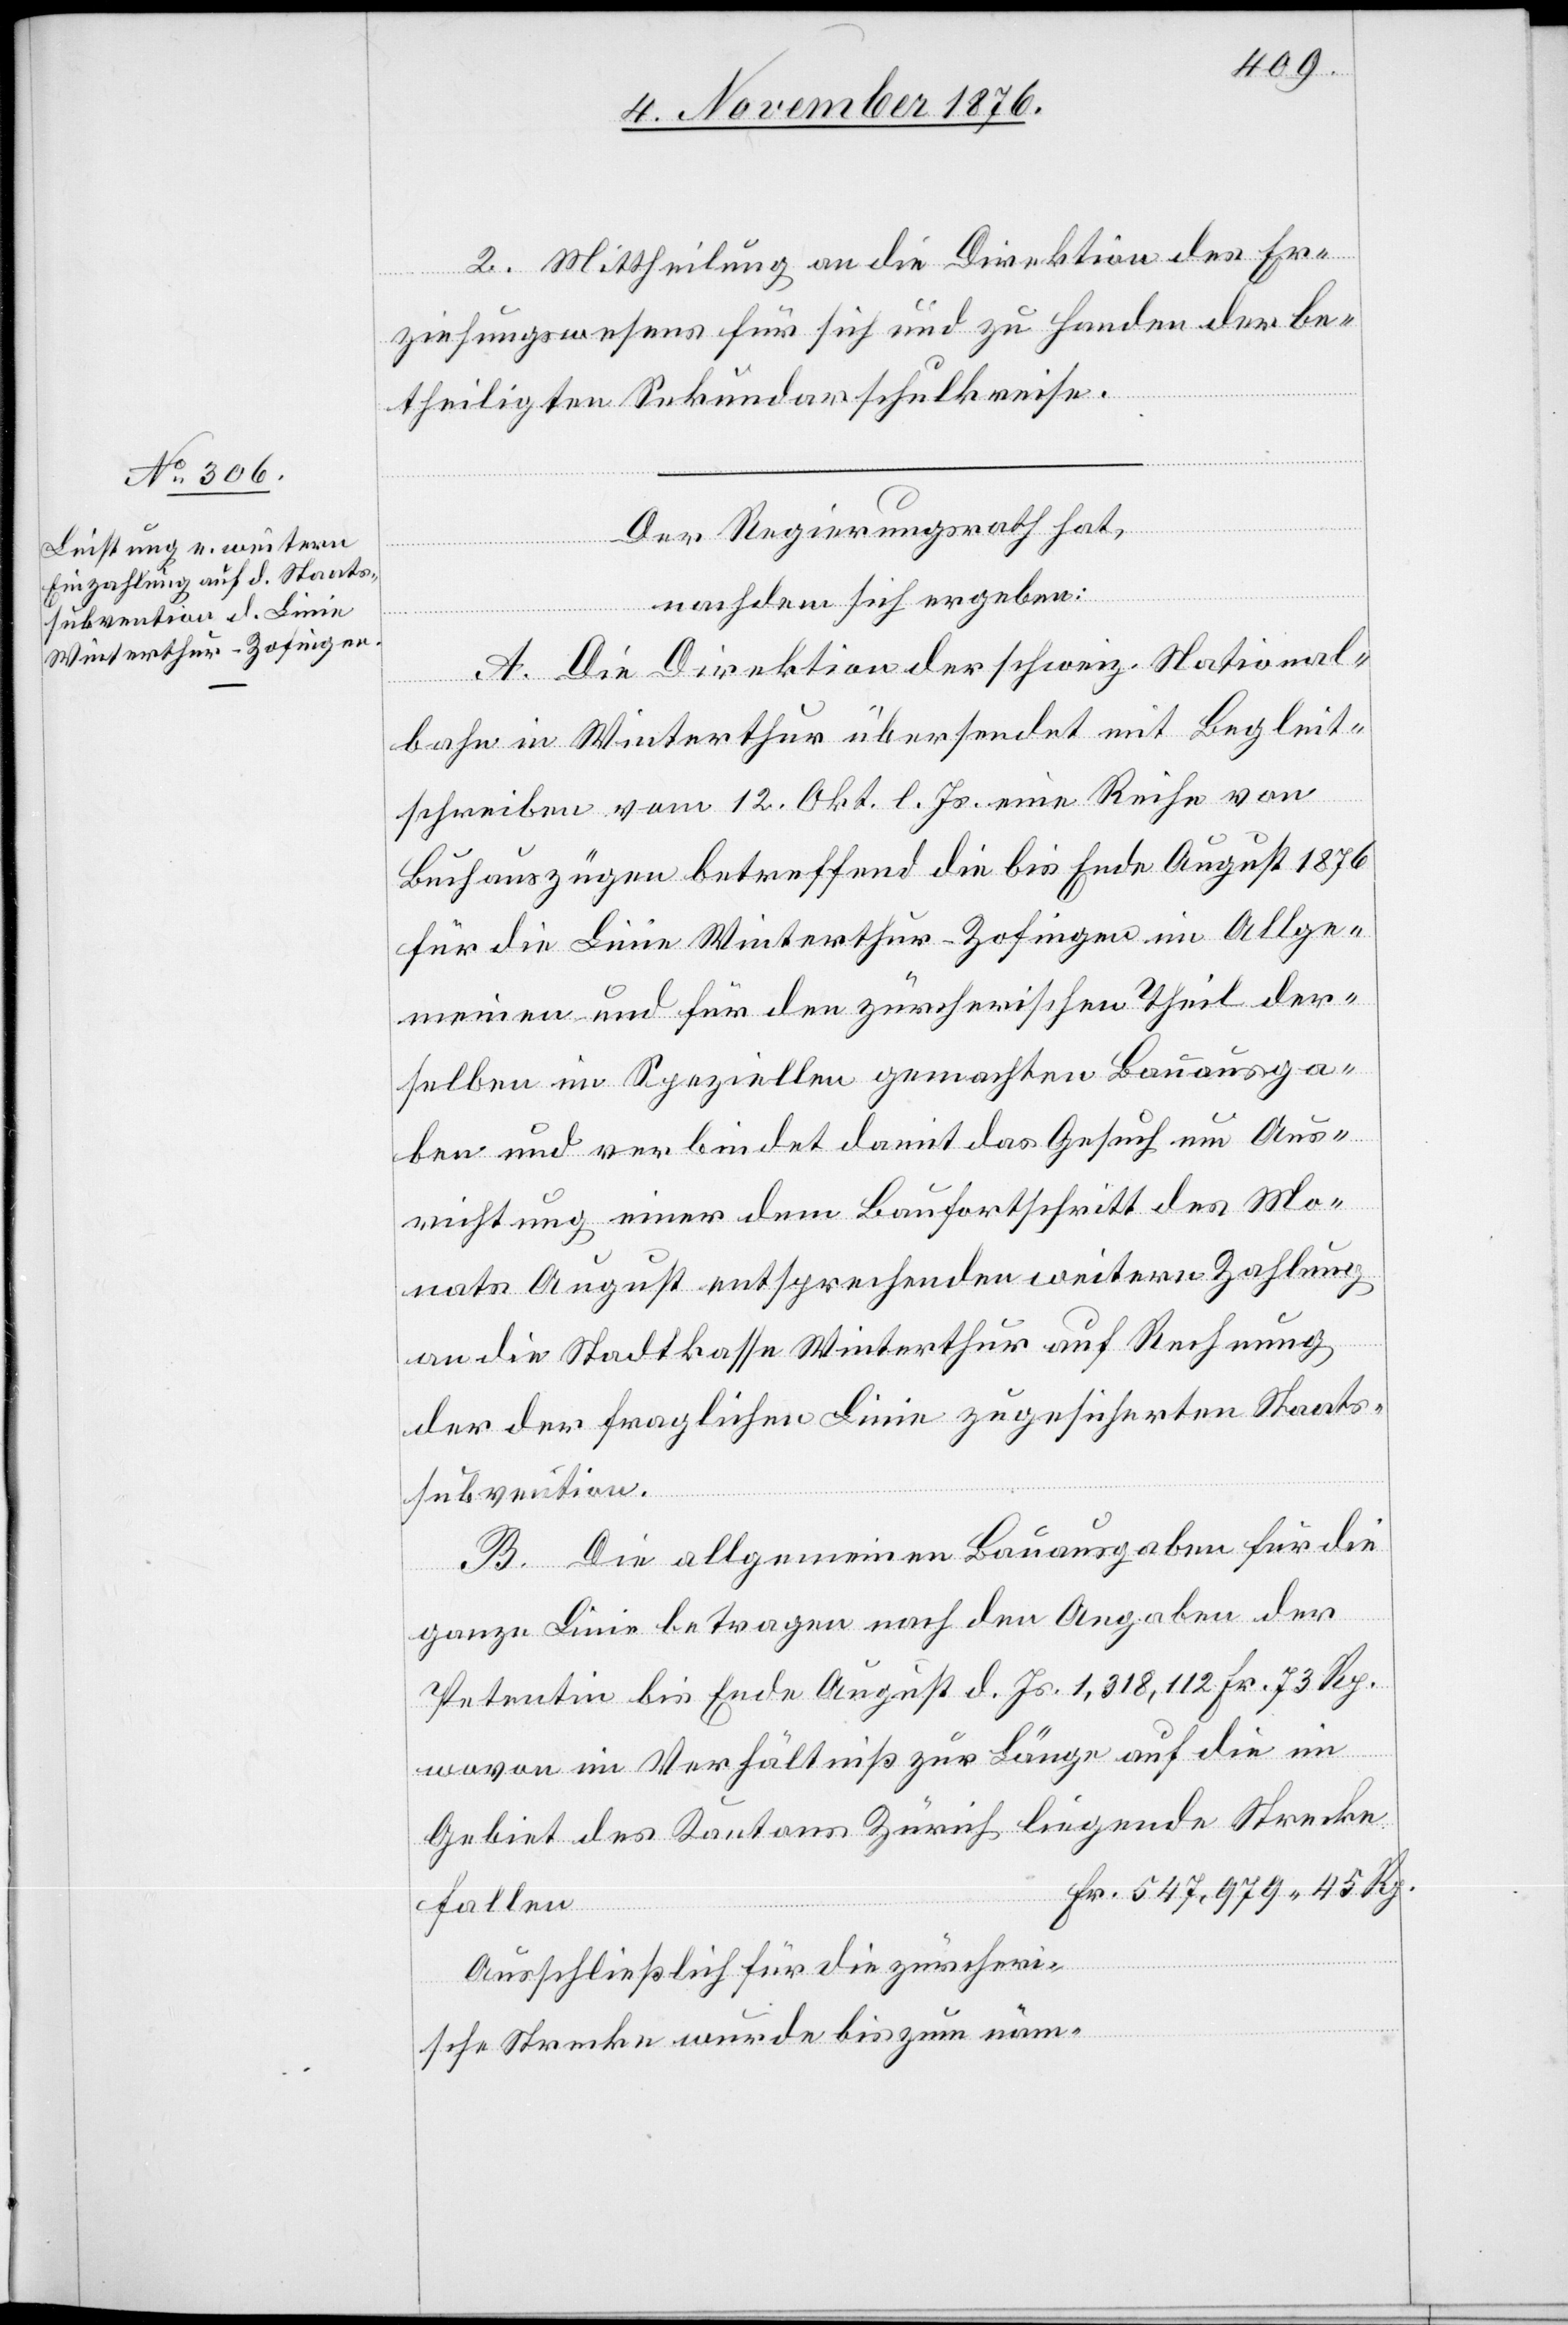
2. Mittheilung an die Direktion des Er¬
ziehungswesens für sich und zu Handen der be¬
theiligten Sekundarschulkreise.